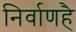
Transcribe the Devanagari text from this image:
निर्वाणहै